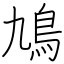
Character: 鳩